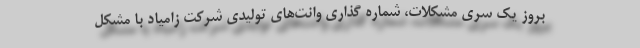
بروز یک سری مشکلات، شماره گذاری وانت‌های تولیدی شرکت زامیاد با مشکل